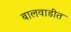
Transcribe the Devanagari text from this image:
बालवाडीत